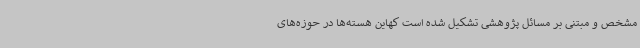
مشخص و مبتنی بر مسائل پژوهشی تشکیل شده است کهاین هسته‌ها در حوزه‌های